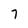
Character: 7